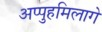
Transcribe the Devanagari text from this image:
अप्पुहमिलागे